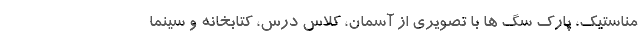
مناستیک، پارک سگ ها با تصویری از آسمان، کلاس درس، کتابخانه و سینما